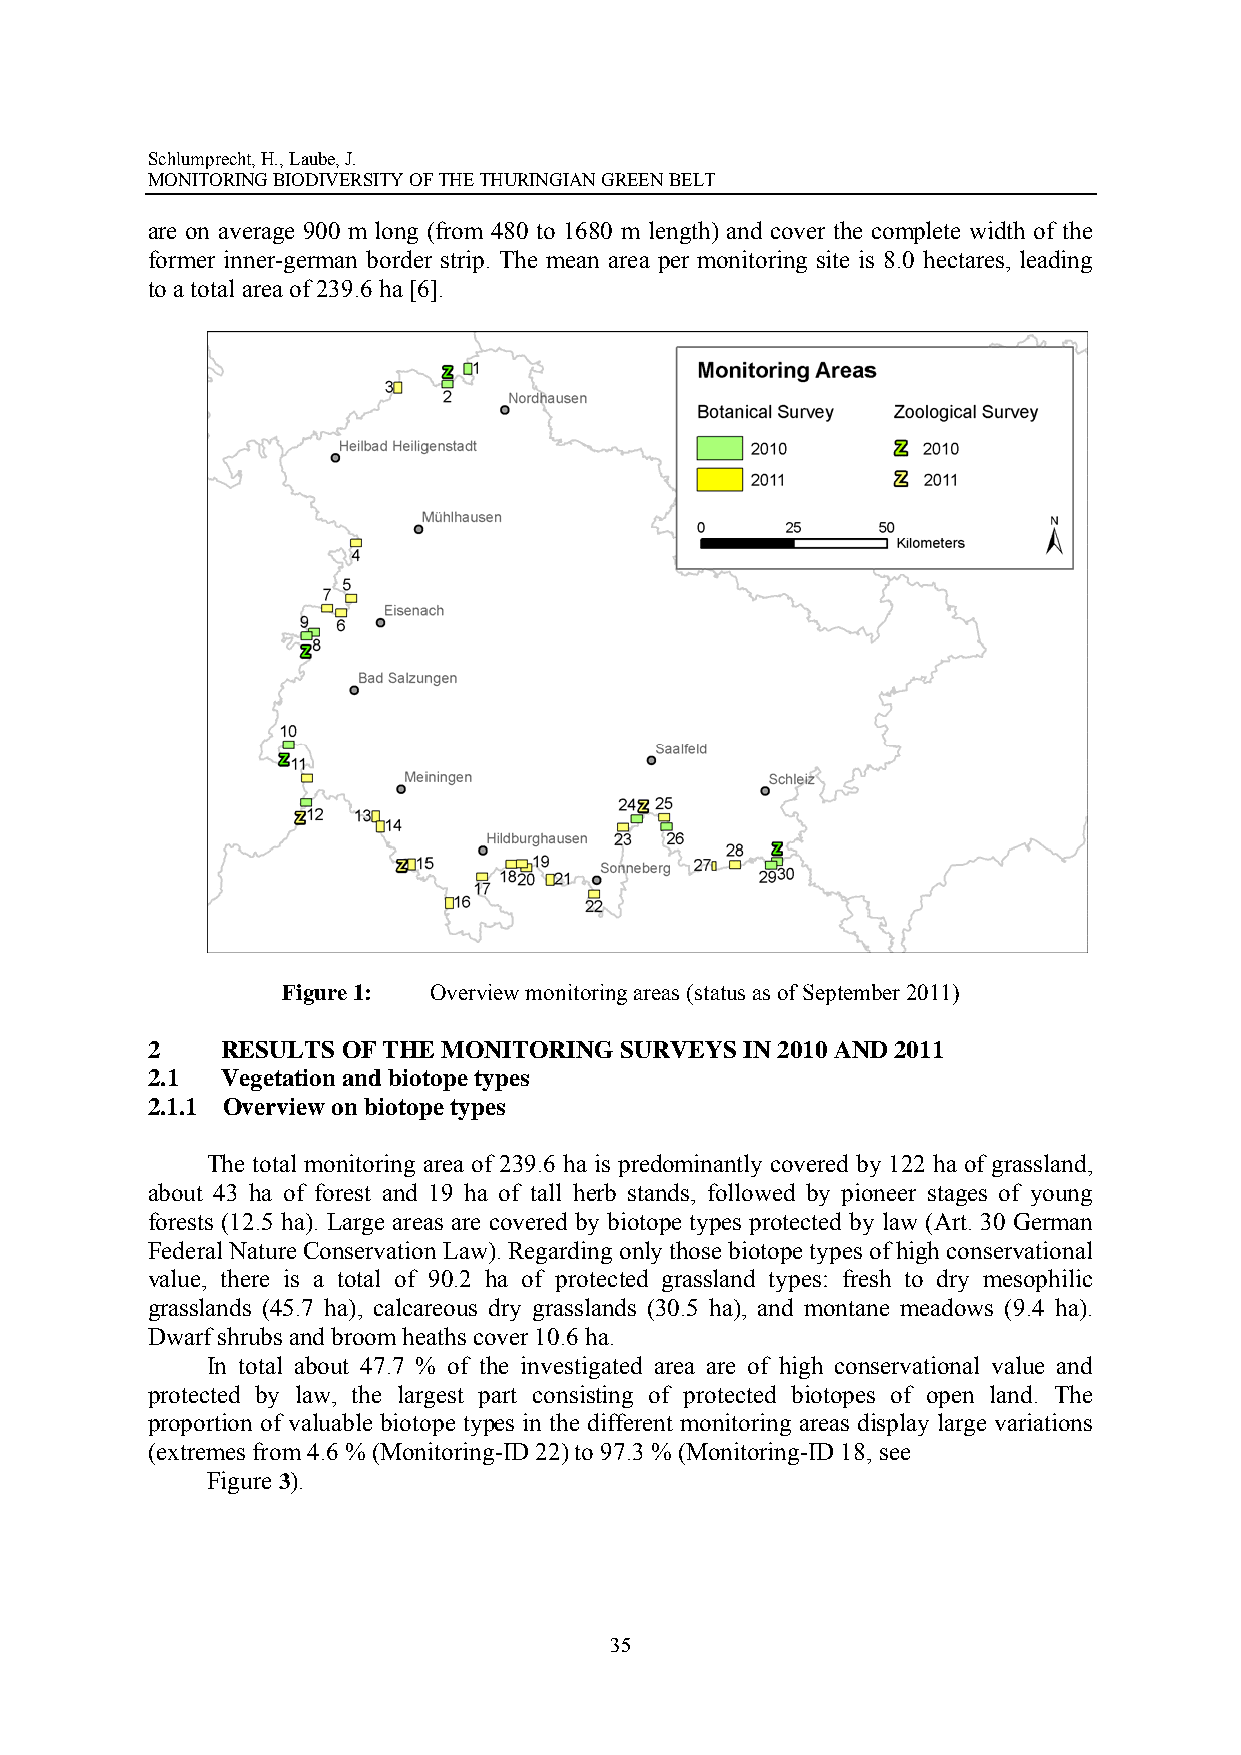
Schlumprecht, H., Laube, J.
 MONITORING BIODIVERSITY OF THE THURINGIAN GREEN BELT
 are on average 900 m long (from 480 to 1680 m length) and cover the complete width of the
 former inner-german border strip. The mean area per monitoring site is 8.0 hectares, leading
 to a total area of 239.6 ha [6].
 Figure 1: Overview monitoring areas (status as of September 2011)
 2    RESULTS OF THE MONITORING SURVEYS IN 2010 AND 2011
 2.1  Vegetation and biotope types
 2.1.1 Overview on biotope types
 The total monitoring area of 239.6 ha is predominantly covered by 122 ha of grassland,
 about 43 ha of forest and 19 ha of tall herb stands, followed by pioneer stages of young
 forests (12.5 ha). Large areas are covered by biotope types protected by law (Art. 30 German
 Federal Nature Conservation Law). Regarding only those biotope types of high conservational
 value, there is a total of 90.2 ha of protected grassland types: fresh to dry mesophilic
 grasslands (45.7 ha), calcareous dry grasslands (30.5 ha), and montane meadows (9.4 ha).
 Dwarf shrubs and broom heaths cover 10.6 ha.
 In total about 47.7 % of the investigated area are of high conservational value and
 protected by law, the largest part consisting of protected biotopes of open land. The
 proportion of valuable biotope types in the different monitoring areas display large variations
 (extremes from 4.6 % (Monitoring-ID 22) to 97.3 % (Monitoring-ID 18, see
 Figure 3).
 35